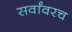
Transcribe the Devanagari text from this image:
सर्वांवरच